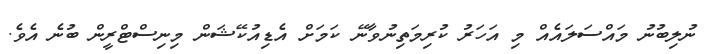
ނުލިބުނު މައްސަލައެއް މި އަހަރު ކުރިމަތިނުވާނޭ ކަމަށް އެޑިއުކޭޝަން މިނިސްޓްރީން ބުނެ އެވެ.